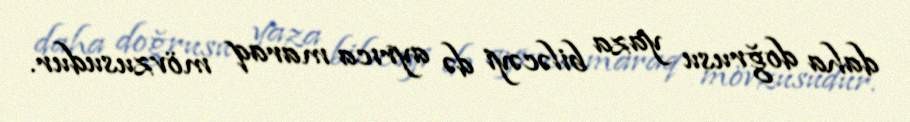
daha doğrusu yaza biləcəyi də ayrıca maraq mövzusudur.